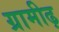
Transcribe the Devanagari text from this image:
ग्रामीढ़